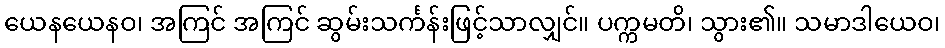
ယေနယေနဝ၊ အကြင် အကြင် ဆွမ်းသင်္ကန်းဖြင့်သာလျှင်။ ပက္ကမတိ၊ သွား၏။ သမာဒါယေဝ၊